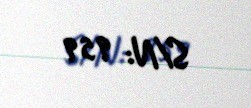
S/N: 959